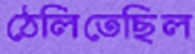
ঠেলিতেছিল